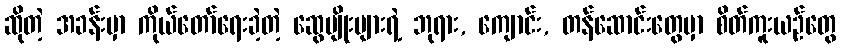
ဆိုတဲ့ အခန်းမှာ ကိုယ်တော်ရေးခဲ့တဲ့ ဆွေမျိုးများရဲ့ ဘုရား, ကျောင်း, တန်ဆောင်းတွေမှာ စိတ်ကူးယဉ်တွေ